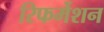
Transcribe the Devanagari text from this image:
रिफर्मेशन